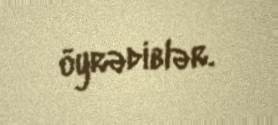
öyrədiblər.